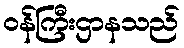
ဝန်ကြီးဌာနသည်